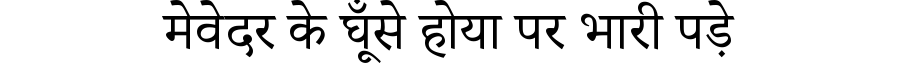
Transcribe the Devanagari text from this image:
मेवेदर के घूँसे होया पर भारी पड़े